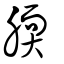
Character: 腝